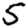
Digit: 5